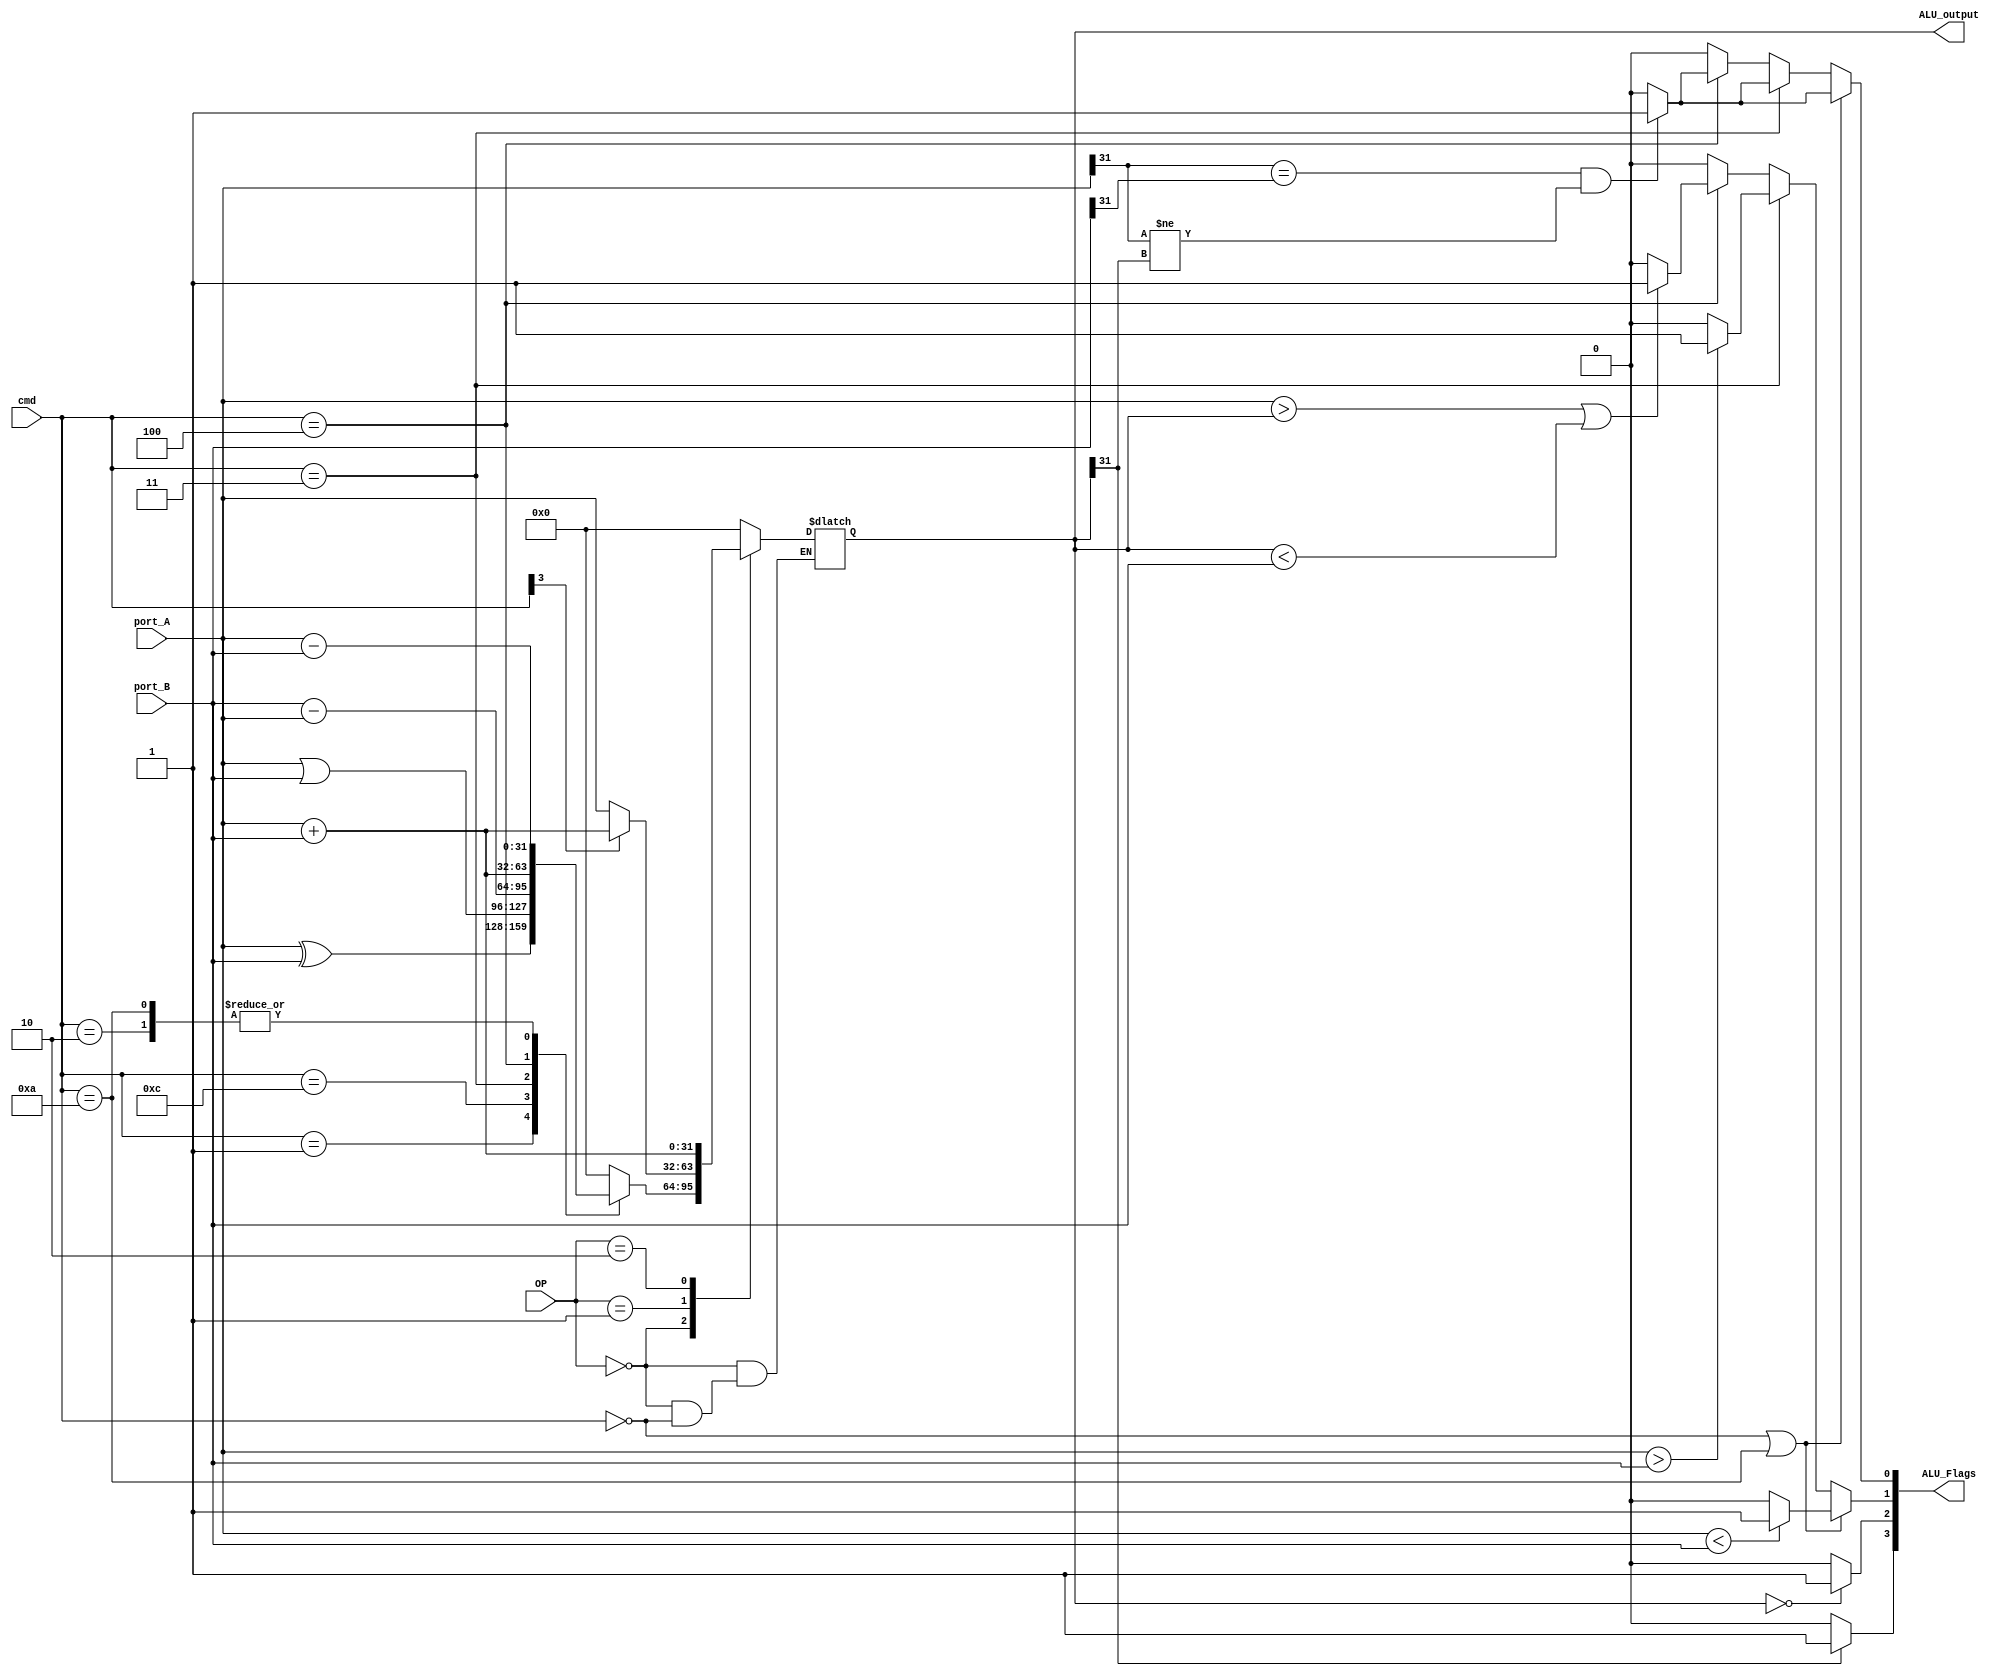
module ALU_Homework(
		input [31:0] port_A, port_B,
		input [3:0] cmd,
		input [1:0] OP,
		output reg [31:0] ALU_output,
		output reg [3:0] ALU_Flags
    );
	 
		parameter [3:0] AND = 4'b0000;
		parameter [3:0] XOR = 4'b0001;
		parameter [3:0] ORR = 4'b1100;
		parameter [3:0] SUB = 4'b0010;
		parameter [3:0] RSB = 4'b0011;
		parameter [3:0] ADD = 4'b0100;
		parameter [3:0] CMP = 4'b1010;
	 
			always@(*) begin
				case(OP)
					2'b00 : begin
						case(cmd)
						AND : ALU_out15put = port_A&port_B;
						XOR : ALU_output = port_A^port_B;
						ORR : ALU_output = port_A|port_B;
						SUB : ALU_output = port_A-port_B;
						RSB : ALU_output = port_B-port_A;
						ADD : ALU_output = port_A+port_B;
						CMP : ALU_output = port_A-port_B;
						default : ALU_output = 0;
						endcase
						end
					2'b01 : begin   
						case(cmd[3])
							0: ALU_output = port_A;
							1: ALU_output = port_A+port_B;
						endcase
					end
					
					2'b10 : begin
						ALU_output = port_A+port_B;
						end
					default : ALU_output = 0;
					
				endcase
			end

			always@(*) begin
				//For N flag
				if (ALU_output[31] == 1) 
					ALU_Flags[3] = 1;
				else
					ALU_Flags[3] = 0;
				//For Z Flag
				if (ALU_output == 0)
					ALU_Flags[2] = 1;
				else 
					ALU_Flags[2] = 0;
					
				//C and O flags for sub and cmp
				
				if((cmd==0)|(cmd==10)) 
				begin
					if(port_A < port_B)
						ALU_Flags[1] = 1;
					else 
						ALU_Flags[1] = 0;
						
					if((port_A[31]==port_B[31])& (port_A[31]!= ALU_output[31])) 
						ALU_Flags[0] = 1;
					else
						ALU_Flags[0] = 0;
				end
				
				//C and O flags for rsb
				else if(cmd == 3)
				begin
					if(port_A > port_B)
					ALU_Flags[1] = 1;
					else
						ALU_Flags[1] = 0;
					
					if((port_A[31] == port_B[31]) & (port_A[31] != ALU_output[31]))
						ALU_Flags[0] = 1;
					else
						ALU_Flags[0] = 0;
				end
						
				else if(cmd == 4)
				begin
					if((port_A>ALU_output) || (ALU_output < port_B))
						ALU_Flags[1] = 1;
					else
						ALU_Flags[1] = 0;
					
					if((port_A[31] == port_B[31]) & (port_A[31] != ALU_output[31]))
						ALU_Flags[0] = 1;
					else
						ALU_Flags[0] = 0;
				end
				else begin
				ALU_Flags[1] = 0;
				ALU_Flags[0] = 0;
		end
		
	
	 end

										
				
endmodule